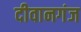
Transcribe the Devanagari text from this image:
दीवानगंज